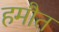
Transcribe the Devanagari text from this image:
हमौत